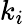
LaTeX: k_{i}